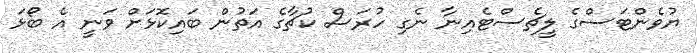
ޔުވެންޓަސްގެ ލީޗެސްޓެއިނާ ނެގި ހުރަސް ކުޗާގެ އަތުން ބައިކޮޅަށް ވަނީ އެ ބޯޅަ